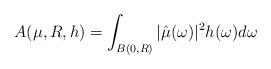
LaTeX: \begin{align*}A(\mu,R,h)=\int_{B(0,R)}|\hat{\mu}(\omega)|^2h(\omega)d\omega\end{align*}